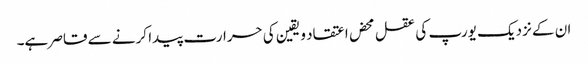
ان کے نزدیک یورپ کی عقل محض اعتقاد و یقین کی حرارت پیدا کرنے سے قاصر ہے۔